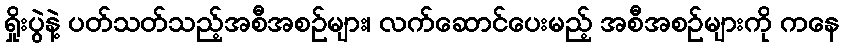
ရှိုးပွဲနဲ့ ပတ်သတ်သည့်အစီအစဉ်များ၊ လက်ဆောင်ပေးမည့် အစီအစဉ်များကို ကနေ